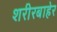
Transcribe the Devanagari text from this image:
शरीरबाहेर